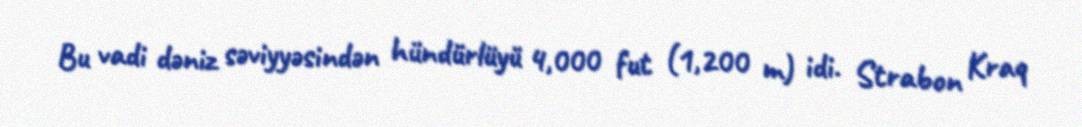
Bu vadi dəniz səviyyəsindən hündürlüyü 4,000 fut (1,200 m) idi. Strabon Kraq